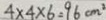
4 \times 4 \times 6 = 9 6 c m ^ { 2 }